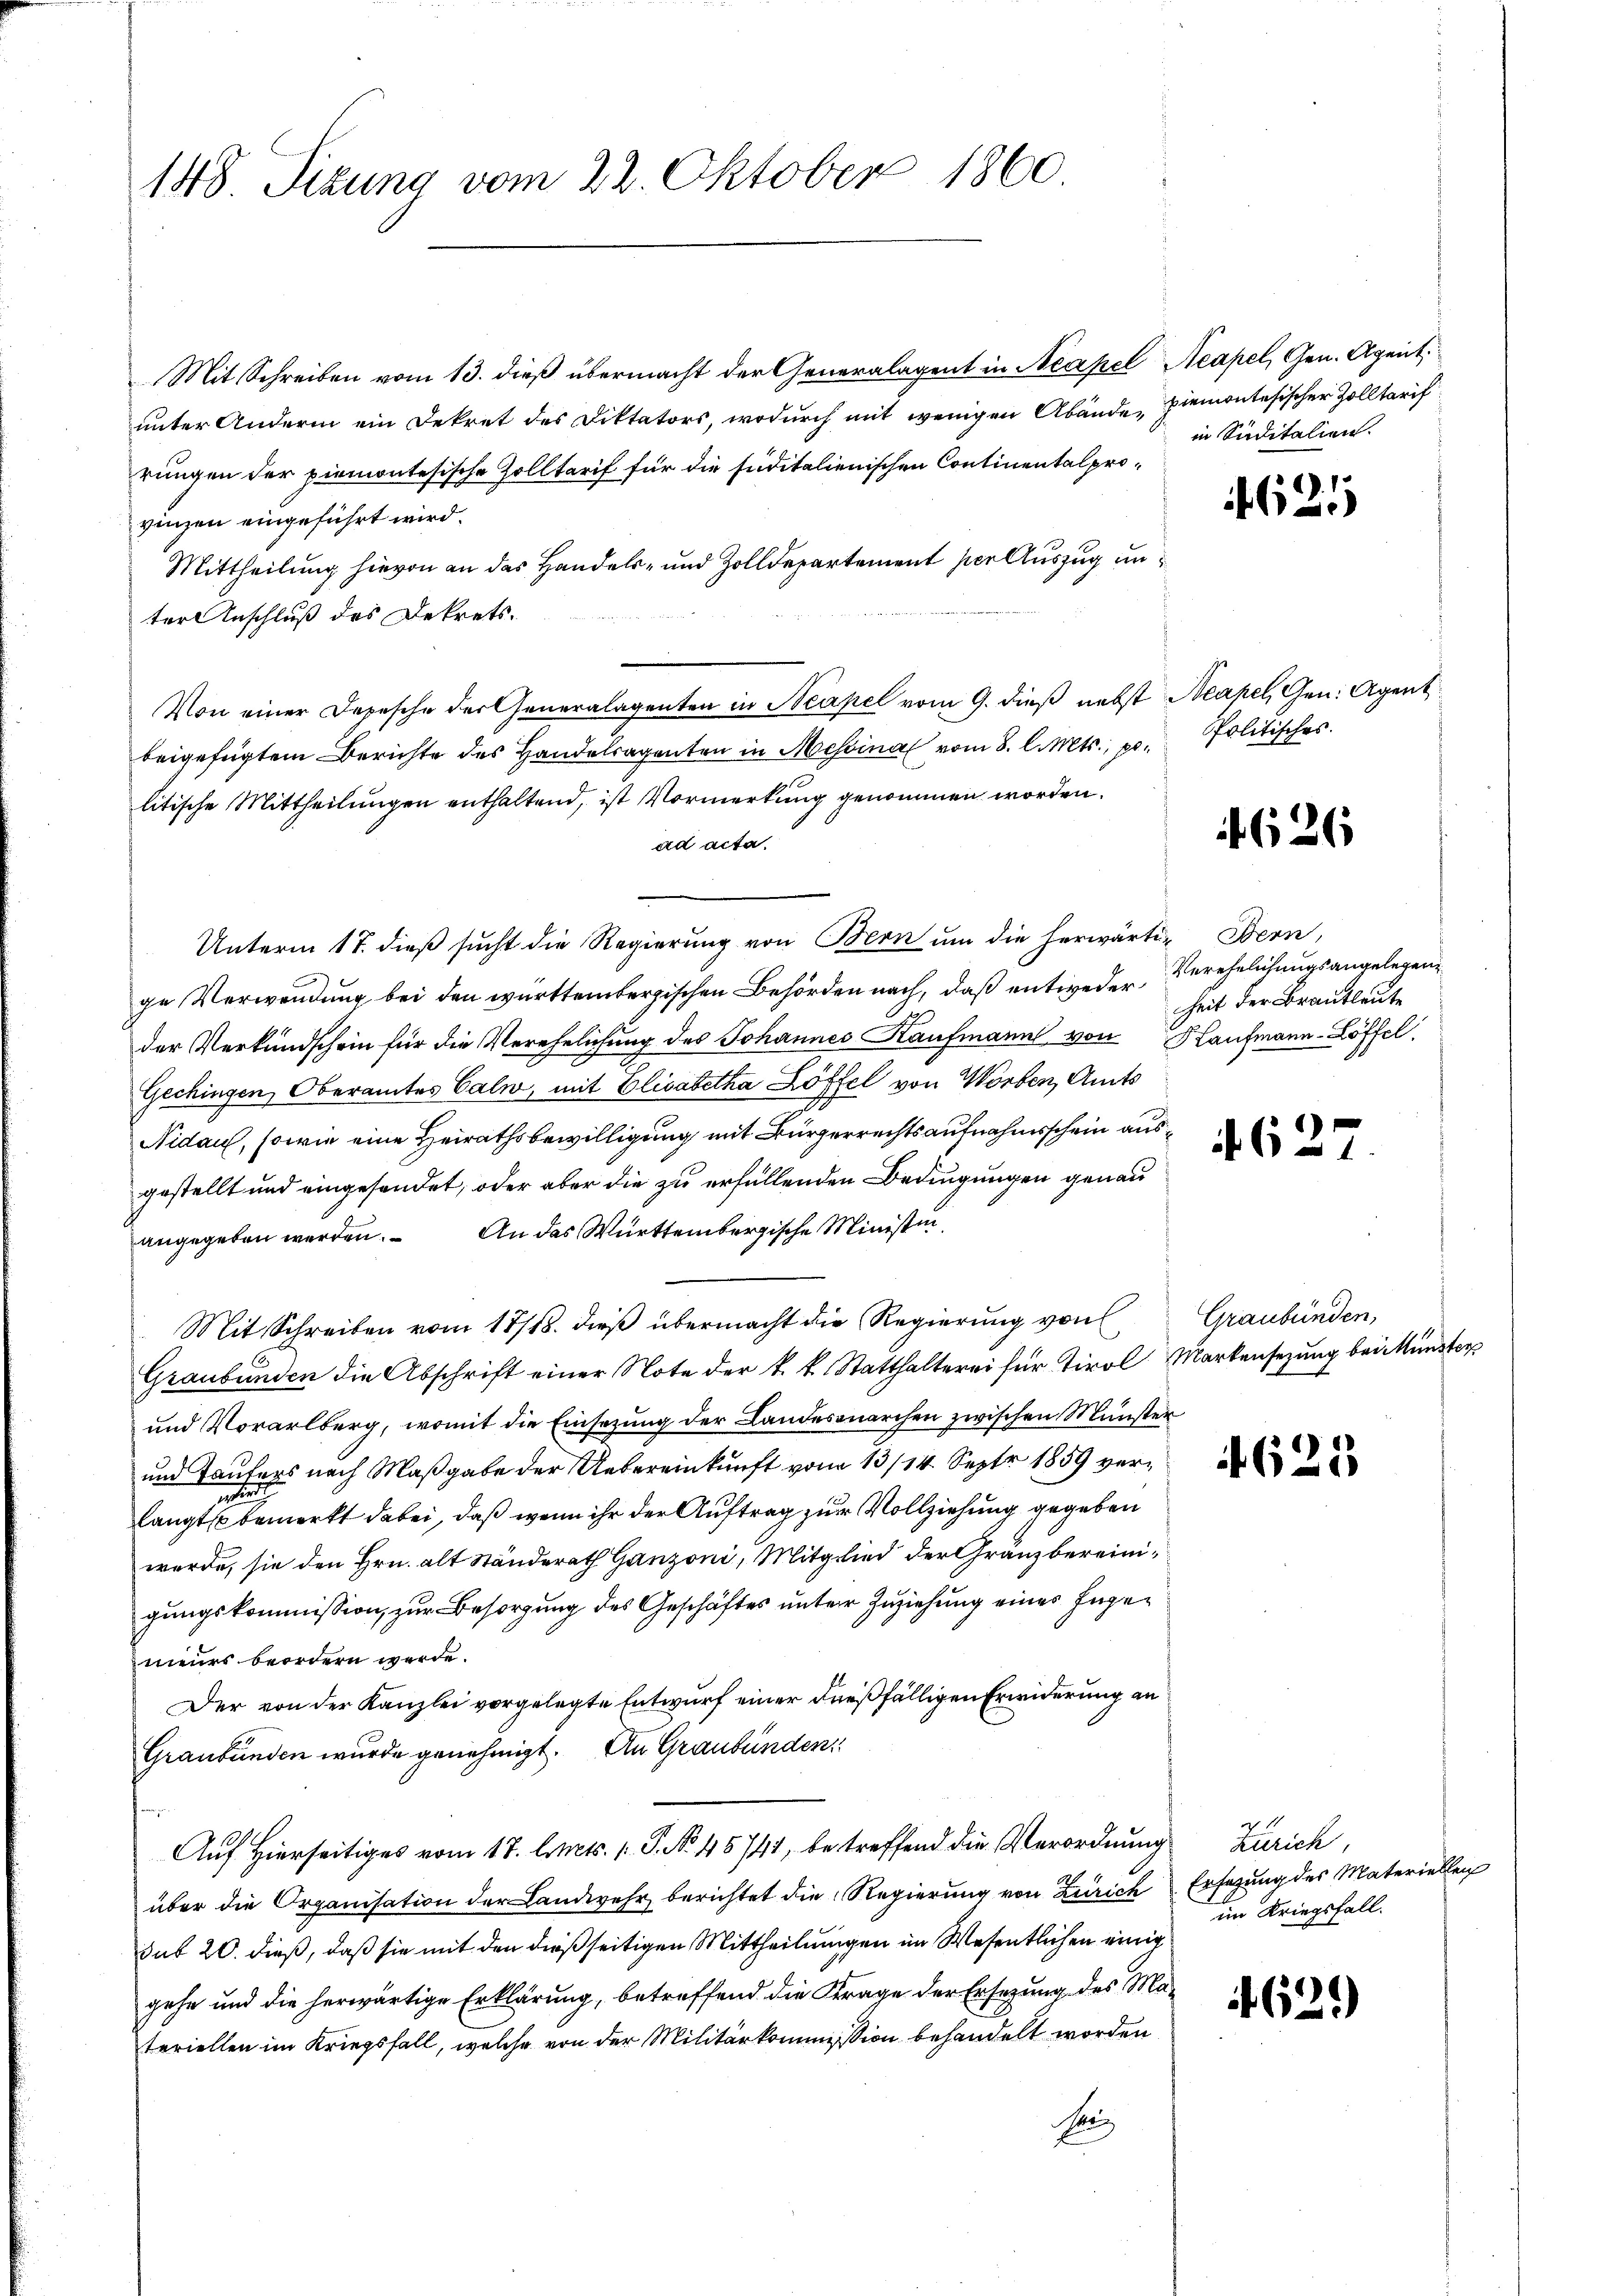
148. Sizung vom 22. Oktober 1860.

Mit Schreiben vom 13. dieß übermacht der Generalagent in Neapel Neapel, Gen. Agent
unter Andern ein Dekret des Diktators, wodurch mit wenigen Abände Piemontesischer Zolltarif
rungen der piemontesische Zolltarif für die süditalienischen Continentalprovinzen eingeführt wird.
Mittheilung hievon an das Handels- und Zolldepartement per Auszug unter Anschluß des Dekrets.
Von einer Depesche der Generalagenten in Neapel vom 9. dieß nebst Neapel, Gen. Agent
beigefügtem Berichte des Handelsagenten in Messina vom 8. l. Mts., p. Politisches.
litische Mittheilungen enthaltend, ist Vormerkung genommen worden.
ad acta.
Unterm 17. dieß sucht die Regierung von Bern um die herwärti- Bern,
ge Verwendung bei den württembergischen Behörden nach, daß entweder Verehelichungsangelegender Verkundschein für die Verehelichung des Johannes Kaufmann von Kaufmann-Löffel.
Gechingen, Oberamtes Calw, mit Elisabetha Löffel von Worben, Amts
Nidau, sowie eine Heirathsbewilligung mit Bürgerrechtsaufnahmsschein ausgestellt und eingesendet, oder aber die zu erfüllenden Bedingungen genau
angegeben werden. An das Württembergische Ministin¬
Mit Schreiben vom 17/18. dieß übermacht die Regierung von
Graubünden die Abschrift einer Note der k. k. Statthalterei für Tirol Markensezung bei Münster
und Vorarlberg, womit die Einsezung der Landesonarchen zwischen Münster
und Taufers nach Maßgabe der Uebereinkunft vom 13/14. Sept 1859 verlangte bemerkt dabei, daß wenn ihr der Auftrag zur Vollziehung gegeben
werde, sie den Hrn. alt Ständerath Ganzoni, Mitglied der Gränzbereinigungskommission, zur Besorgung des Geschäftes unter Zuziehung eines Ingeneurs beordern werde.
Der von der Kanzlei vorgelegte Entwurf einer dießfälligen Erwiderung an
Graubünden wurde genehmigt. An Graubünden
Auf Hierseitiges vom 17. Art. 1 P. No. 45741, betreffend die Verordnung
über die Organisation der Landwehr berichtet die Regierung von Zürich
sub 20. dieß, daß sie mit den dießseitigen Mittheilungen im Wesentlichen einig
gehe und die herwärtige Erklärung, betreffend die Frage der Ersezung des Materiellen im Kriegsfall, welche von der Militärkommission behandelt worden
Karz

in Suditalien.

4621

f 626

heit der Brautleute

627

Graubünden,

625

Zürich,
Erfagung des Materiellen
im Kriegsfall.

62.)